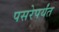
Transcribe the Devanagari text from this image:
पसरेपर्यंत